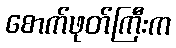
စောက်ဖုတ်ကြီးက